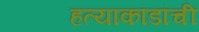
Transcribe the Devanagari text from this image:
हत्याकांडांची